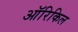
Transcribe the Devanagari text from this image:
ऑरिकिल